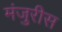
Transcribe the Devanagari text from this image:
मंजुरीस